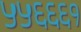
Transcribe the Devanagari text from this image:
५५६६६१